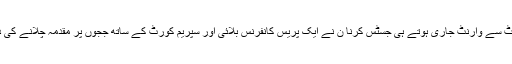
سپریم کورٹ سے وارنٹ جاری ہوتے ہی جسٹس کرنا ن نے ایک پریس کانفرنس بلائی اور سپریم کورٹ کے ساتھ ججوں پر مقدمہ چلانے کی دھمکی دی۔